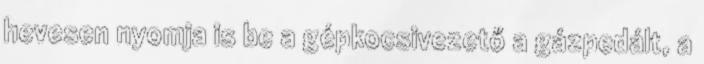
hevesen nyomja is be a gépkocsivezető a gázpedált, a